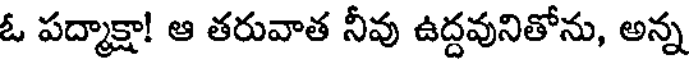
ఓ పద్మాక్షా! ఆ తరువాత నీవు ఉద్దవునితోను, అన్న